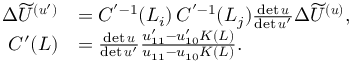
\begin{array} { r l } { \Delta \widetilde U ^ { ( \boldsymbol { u } ^ { \prime } ) } } & { = C ^ { ' - 1 } ( L _ { i } ) \, C ^ { ' - 1 } ( L _ { j } ) \frac { \mathrm { d e t } \, \boldsymbol { u } } { \mathrm { d e t } \, \boldsymbol { u } ^ { \prime } } \Delta \widetilde U ^ { ( \boldsymbol { u } ) } , } \\ { C ^ { \prime } ( L ) } & { = \frac { \mathrm { d e t } \, \boldsymbol { u } } { \mathrm { d e t } \, \boldsymbol { u } ^ { \prime } } \frac { u _ { 1 1 } ^ { \prime } - u _ { 1 0 } ^ { \prime } K ( L ) } { u _ { 1 1 } - u _ { 1 0 } K ( L ) } . } \end{array}